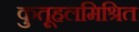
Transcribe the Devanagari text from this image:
कुतूहलमिश्रित